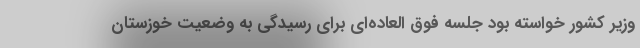
وزیر کشور خواسته بود جلسه فوق العاده‌ای برای رسیدگی به وضعیت خوزستان